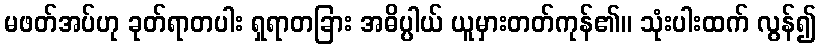
မဖတ်အပ်ဟု ခုတ်ရာတပါး ရှရာတခြား အဓိပ္ပါယ် ယူမှားတတ်ကုန်၏။ သုံးပါးထက် လွန်၍